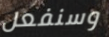
وسنفعل